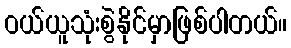
ဝယ်ယူသုံးစွဲနိုင်မှာဖြစ်ပါတယ်။